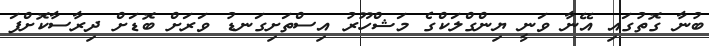
ބުނާ ގޮތުގައި އޭނާ ވަނީ ޔިންގްލަކްގެ މަޝްހޫރު އިސްތަށިގަނޑު ވަރަށް ބޮޑަށް ދިރާސާކޮށްފަ